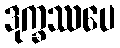
ဒုက္ခဿပေ